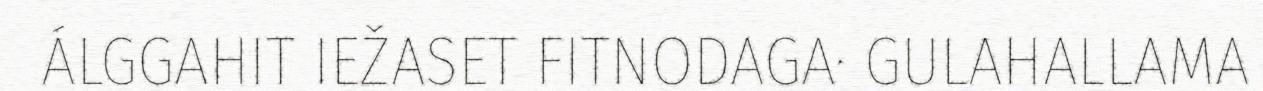
ÁLGGAHIT IEŽASET FITNODAGA· GULAHALLAMA